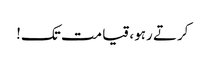
کرتے رہو، قیامت تک!